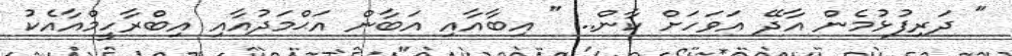
" ދަރިފުޅުމެން އާދޭ އަވަހަށް ކާން.. " އިބާއާއި އަބާން އަޙްމަދުއާއި އިބްރާހީމްއާއެކު